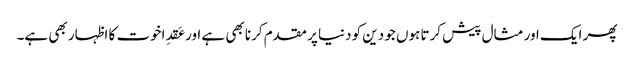
پھر ایک اور مثال پیش کرتا ہوں جو دین کو دنیا پر مقدم کرنا بھی ہے اور عَقدِاخوت کا اظہار بھی ہے۔